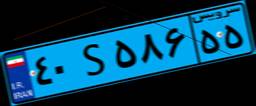
۴۰S۵۸۶۵۵